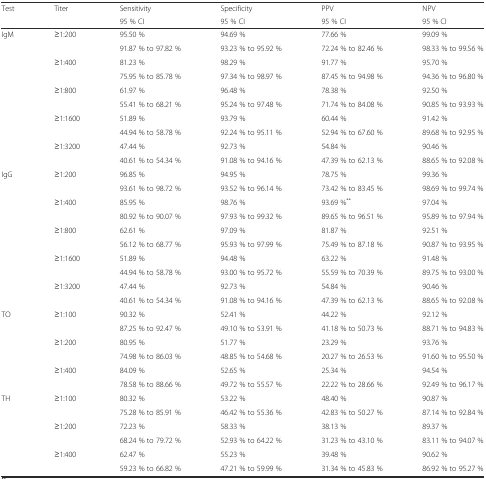
<table><thead><tr><td rowspan="2"><b>Test</b></td><td rowspan="2"><b>Titer</b></td><td><b>Sensitivity</b></td><td><b>Specificity</b></td><td><b>PPV</b></td><td><b>NPV</b></td></tr><tr><td><b>95 % CI</b></td><td><b>95 % CI</b></td><td><b>95 % CI</b></td><td><b>95 % CI</b></td></tr></thead><tbody><tr><td rowspan="10">IgM</td><td>≥1:200</td><td>95.50 %</td><td>94.69 %</td><td>77.66 %</td><td>99.09 %</td></tr><tr><td></td><td>91.87 % to 97.82 %</td><td>93.23 % to 95.92 %</td><td>72.24 % to 82.46 %</td><td>98.33 % to 99.56 %</td></tr><tr><td>≥1:400</td><td>81.23 %</td><td>98.29 %</td><td>91.77 %</td><td>95.70 %</td></tr><tr><td></td><td>75.95 % to 85.78 %</td><td>97.34 % to 98.97 %</td><td>87.45 % to 94.98 %</td><td>94.36 % to 96.80 %</td></tr><tr><td>≥1:800</td><td>61.97 %</td><td>96.48 %</td><td>78.38 %</td><td>92.50 %</td></tr><tr><td></td><td>55.41 % to 68.21 %</td><td>95.24 % to 97.48 %</td><td>71.74 % to 84.08 %</td><td>90.85 % to 93.93 %</td></tr><tr><td>≥1:1600</td><td>51.89 %</td><td>93.79 %</td><td>60.44 %</td><td>91.42 %</td></tr><tr><td></td><td>44.94 % to 58.78 %</td><td>92.24 % to 95.11 %</td><td>52.94 % to 67.60 %</td><td>89.68 % to 92.95 %</td></tr><tr><td>≥1:3200</td><td>47.44 %</td><td>92.73 %</td><td>54.84 %</td><td>90.46 %</td></tr><tr><td></td><td>40.61 % to 54.34 %</td><td>91.08 % to 94.16 %</td><td>47.39 % to 62.13 %</td><td>88.65 % to 92.08 %</td></tr><tr><td rowspan="10">IgG</td><td>≥1:200</td><td>96.85 %</td><td>94.95 %</td><td>78.75 %</td><td>99.36 %</td></tr><tr><td></td><td>93.61 % to 98.72 %</td><td>93.52 % to 96.14 %</td><td>73.42 % to 83.45 %</td><td>98.69 % to 99.74 %</td></tr><tr><td>≥1:400</td><td>85.95 %</td><td>98.76 %</td><td>93.69 %<sup>**</sup></td><td>97.04 %</td></tr><tr><td></td><td>80.92 % to 90.07 %</td><td>97.93 % to 99.32 %</td><td>89.65 % to 96.51 %</td><td>95.89 % to 97.94 %</td></tr><tr><td>≥1:800</td><td>62.61 %</td><td>97.09 %</td><td>81.87 %</td><td>92.51 %</td></tr><tr><td></td><td>56.12 % to 68.77 %</td><td>95.93 % to 97.99 %</td><td>75.49 % to 87.18 %</td><td>90.87 % to 93.95 %</td></tr><tr><td>≥1:1600</td><td>51.89 %</td><td>94.48 %</td><td>63.22 %</td><td>91.48 %</td></tr><tr><td></td><td>44.94 % to 58.78 %</td><td>93.00 % to 95.72 %</td><td>55.59 % to 70.39 %</td><td>89.75 % to 93.00 %</td></tr><tr><td>≥1:3200</td><td>47.44 %</td><td>92.73 %</td><td>54.84 %</td><td>90.46 %</td></tr><tr><td></td><td>40.61 % to 54.34 %</td><td>91.08 % to 94.16 %</td><td>47.39 % to 62.13 %</td><td>88.65 % to 92.08 %</td></tr><tr><td rowspan="6">TO</td><td>≥1:100</td><td>90.32 %</td><td>52.41 %</td><td>44.22 %</td><td>92.12 %</td></tr><tr><td></td><td>87.25 % to 92.47 %</td><td>49.10 % to 53.91 %</td><td>41.18 % to 50.73 %</td><td>88.71 % to 94.83 %</td></tr><tr><td>≥1:200</td><td>80.95 %</td><td>51.77 %</td><td>23.29 %</td><td>93.76 %</td></tr><tr><td></td><td>74.98 % to 86.03 %</td><td>48.85 % to 54.68 %</td><td>20.27 % to 26.53 %</td><td>91.60 % to 95.50 %</td></tr><tr><td>≥1:400</td><td>84.09 %</td><td>52.65 %</td><td>25.34 %</td><td>94.54 %</td></tr><tr><td></td><td>78.58 % to 88.66 %</td><td>49.72 % to 55.57 %</td><td>22.22 % to 28.66 %</td><td>92.49 % to 96.17 %</td></tr><tr><td rowspan="6">TH</td><td>≥1:100</td><td>80.32 %</td><td>53.22 %</td><td>48.40 %</td><td>90.87 %</td></tr><tr><td></td><td>75.28 % to 85.91 %</td><td>46.42 % to 55.36 %</td><td>42.83 % to 50.27 %</td><td>87.14 % to 92.84 %</td></tr><tr><td>≥1:200</td><td>72.23 %</td><td>58.33 %</td><td>38.13 %</td><td>89.37 %</td></tr><tr><td></td><td>68.24 % to 79.72 %</td><td>52.93 % to 64.22 %</td><td>31.23 % to 43.10 %</td><td>83.11 % to 94.07 %</td></tr><tr><td>≥1:400</td><td>62.47 %</td><td>55.23 %</td><td>39.48 %</td><td>90.62 %</td></tr><tr><td></td><td>59.23 % to 66.82 %</td><td>47.21 % to 59.99 %</td><td>31.34 % to 45.83 %</td><td>86.92 % to 95.27 %</td></tr></tbody></table>